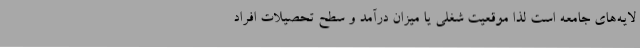
لایه‌های جامعه است لذا موقعیت شغلی یا میزان درآمد و سطح تحصیلات افراد